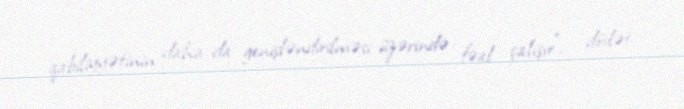
qabiliyyətinin daha da genişləndirilməsi üzərində fəal çalışır”, - dövlət